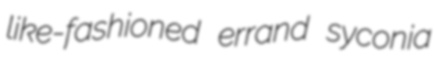
like-fashioned errand syconia